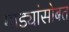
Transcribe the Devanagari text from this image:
गाड्यांसोबत